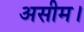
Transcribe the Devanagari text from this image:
असीम।